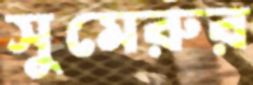
সুমেরুর